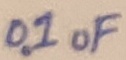
Text: 0.1uF